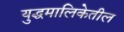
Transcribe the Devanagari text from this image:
युद्धमालिकेतील